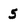
Character: 5